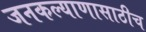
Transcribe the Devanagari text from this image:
जनकल्याणासाठीच